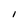
Character: l